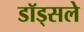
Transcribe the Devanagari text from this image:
डॉड्सले